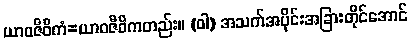
ယာဝဇီဝိကံ=ယာဝဇီဝိကတည်း။ (ဝါ) အသက်အပိုင်းအခြားတိုင်အောင်